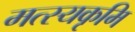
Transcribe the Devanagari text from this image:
मत्स्यकृमि